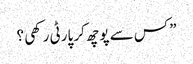
” کس سے پوچھ کر پارٹی رکھی ؟